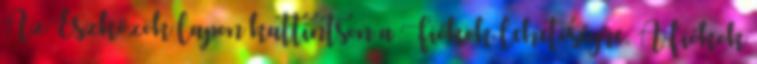
Az Eszközök lapon kattintson a Fiókok lehetőségre. A fiókok